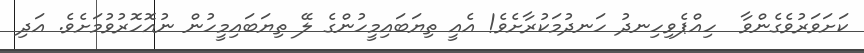
ކަށަވަރުވެގެންވާ  ހިއްޕެވިހިނދު ހަނދުމަކުރާށެވެ! އެއީ ތިޔަބައިމީހުންގެ ލޭ ތިޔަބައިމީހުން ނުއޮހޮރުވުމަށެވެ. އަދި